Annual report on the Civil Veterinary Department, Burma (including the Insein Veterinary School) - 1923-1931
Year: 1923
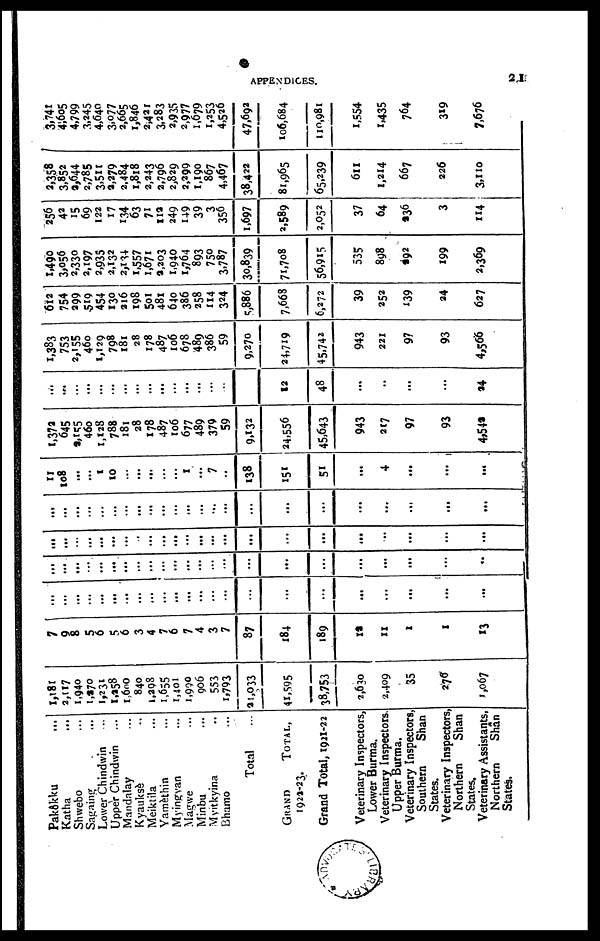
APPENDICES.
21
Pakôkku ...
Katha ...
Shwebo ...
Sagaing ...
Lower Chindwin ...
Upper Chindwin ...
Mandalay ...
Kyauksè ...
Meiktila ...
Yamèthin ...
Myingvan ...
Magwe ...
Minbu ...
Myitkyina ...
Bhamo ...
Total ...
GRAND
TOTAL,
1924-23.
Grand Total, 1921-22
Veterinary Inspectors,
Lower Burma.
Veterinary Inspectors.
Upper Burma.
Veterinary Inspectors
Southern
Shan
States.
Veterinary Inspectors
Northern Shan
States.
Veterinary Assistants,
Northern
Shan
States.
1,181
2,117
1,940
1,270
1,231
1,258
1,600
840
1,298
1,655
1,401
1,990
906
553
1,793
21,033
41,595
38,753
2,630
2,409
35
276
1,067
7
9
8
5
6
5
6
3
4
7
6
7
4
3
7
87
184
189
12
11
1
1
13
...
...
...
...
...
...
...
...
...
...
...
...
...
...
...
...
...
...
...
...
...
...
...
...
...
...
...
...
...
...
...
...
...
...
...
...
...
...
...
...
...
...
...
...
...
...
...
...
...
...
...
...
...
..
...
...
....
...
...
...
...
...
...
...
...
...
...
...
...
...
...
...
...
...
...
...
...
...
...
...
...
...
...
...
...
...
...
...
...
...
...
...
11
108
...
...
1
10
...
...
...
...
...
1
...
7
..
138
151
51
...
4
...
...
...
1,372
645
2,155
46o
1,128
788
181
28
178
487
106
677
489
379
59
9,132
24,556
45,643
943
217
97
93
4,542
...
....
...
...
...
...
...
...
...
...
...
...
...
...
...
...
12
48
...
..
...
...
24
1,383
753
2,155
460
1,129
798
181
28
178
487
106
678
489
386
59
9,270
24,719
45,742
943
221
97
93
4,566
612
754
299
519
454
130
216
198
501
481
640
386
258
114
324
5,886
7,663
6,272
39
252
139
24
627
1,490
3,956
2,330
2,197
2,935
2,132
2,134
1,557
1,671
9,203
1,940
1,764
893
750
3,787
30,839
71,708
56,915
535
898
492
199
2,369
256
42
15
69
122
17
134
63
71
112
249
149
39
3
356
1,697
2,589
2,052
37
64
236
3
114
2,358
3,852
3,644
2,785
3,511
4,279
2,484
1,818
2,243
2,796
2,829
2,299
1,190
867
4,467
38,422
81,965
65,239
611
1,214
667
226
3,110
3,741
4,605
4,799
3,245
4,640
3,077
2,665
1,846
2,421
3,283
2,935
2,977
1,679
1,253
4,526
47,692
106,684
110,981
1,554
1,435
764
319
7,676